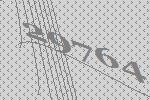
29764